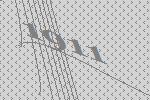
1911